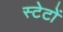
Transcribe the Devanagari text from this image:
स्टेटों